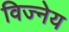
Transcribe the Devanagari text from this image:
विज्नेय